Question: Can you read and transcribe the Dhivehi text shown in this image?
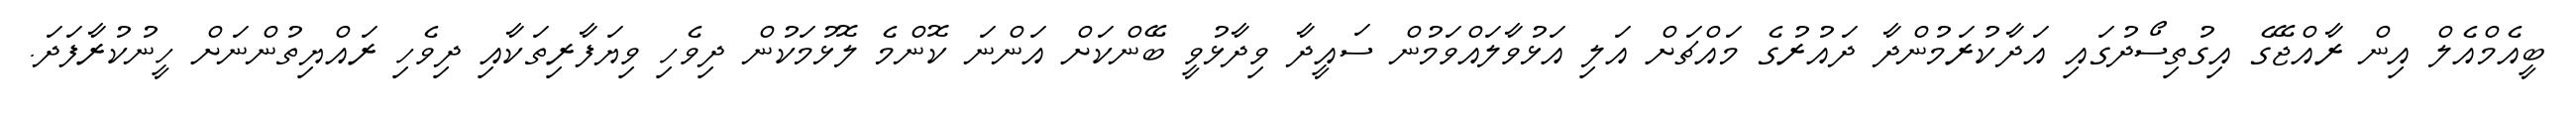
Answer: ބީއެމްއެލް އިން ރާއްޖޭގެ އިގުތިސޯދުގައި އަދާކުރަމުންދާ ދައުރުގެ މައްޗަށް އަލި އަޅުވާލައްވަމުން ސައީދާ ވިދާޅުވީ ބޭންކަށް އަންނަ ކޮންމެ ލޮޅުމަކުން ދިވެހި ވިޔަފާރިތަކާއި ދިވެހި ރައްޔިތުންނަށް ހީނުކުރާފަދަ.